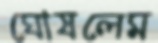
ঘোষলেম